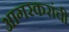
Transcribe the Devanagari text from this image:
आगरकरांची